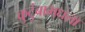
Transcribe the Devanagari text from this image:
कुटुंबामधला